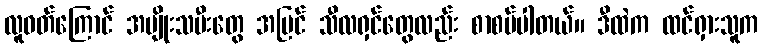
လူဝတ်ကြောင် အမျိုးသမီးတွေ အပြင် သီလရှင်တွေလည်း စာစပ်ပါတယ်။ ဒီထဲက ထင်ရှားသူက